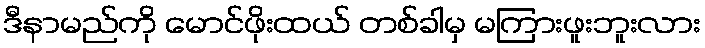
ဒီနာမည်ကို မောင်ဖိုးထယ် တစ်ခါမှ မကြားဖူးဘူးလား